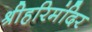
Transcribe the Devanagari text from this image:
श्रीहरिमंदिर